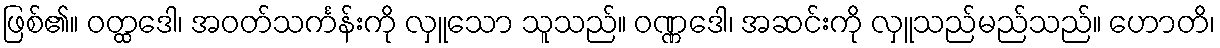
ဖြစ်၏။ ဝတ္ထဒေါ၊ အဝတ်သင်္ကန်းကို လှူသော သူသည်။ ဝဏ္ဏဒေါ၊ အဆင်းကို လှူသည်မည်သည်။ ဟောတိ၊